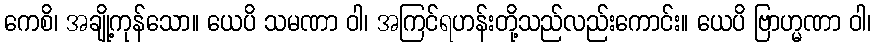
ကေစိ၊ အချို့ကုန်သော။ ယေပိ သမဏာ ဝါ၊ အကြင်ရဟန်းတို့သည်လည်းကောင်း။ ယေပိ ဗြာဟ္မဏာ ဝါ၊